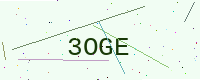
Text: 3OGE